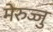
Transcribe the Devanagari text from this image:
मेरुज्जु